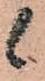
候